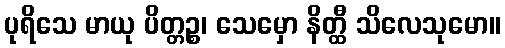
ပုရိသေ မာယု ပိတ္တဉ္စ၊ သေမှော နိတ္ထီ သိလေသုမော။